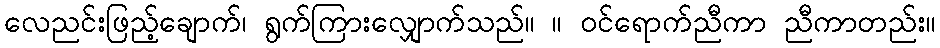
လေညင်းဖြည့်ချောက်၊ ရွက်ကြားလျှောက်သည်။ ။ ဝင်ရောက်ညီကာ ညီကာတည်း။